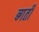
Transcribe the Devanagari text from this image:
ब्गती